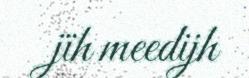
jïh meedijh